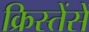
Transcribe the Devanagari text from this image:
क्रिस्तेंसें